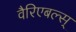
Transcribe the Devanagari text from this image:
वैरिएबल्स्